Report on vaccination in the Province of Bengal - 1874-1889
Year: 1874
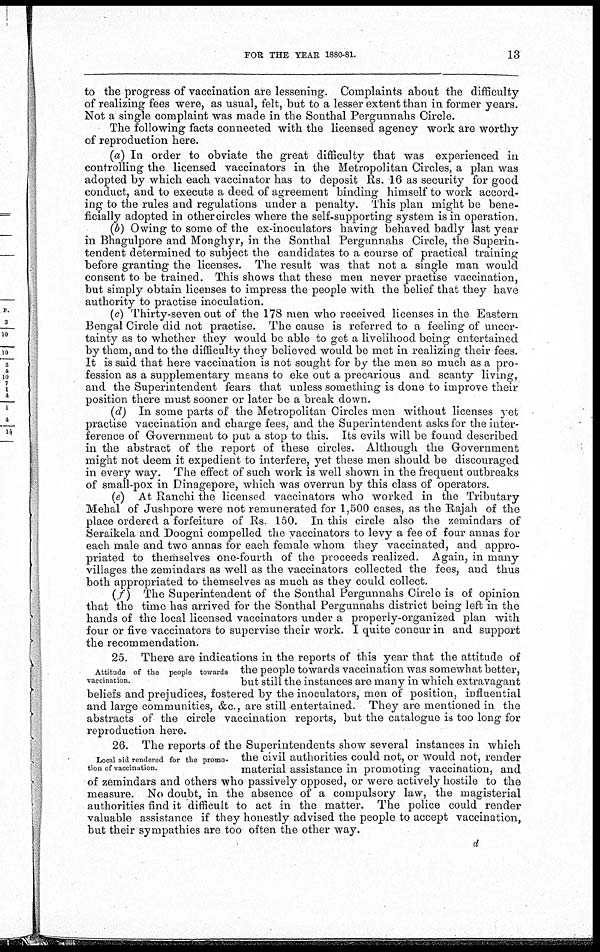
FOR THE YEAR 1880-81.
13
to the progress of vaccination are lessening. Complaints about the difficulty
of realizing fees were, as usual, felt, but to a lesser extent than in former years.
Not a single complaint was made in the Sonthal Pergunnahs Circle.
The following facts connected with the licensed agency work are worthy
of reproduction here.
(a) In order to obviate the great difficulty that was experienced in
controlling the licensed vaccinators in the Metropolitan Circles, a plan was
adopted by which each vaccinator has to deposit Rs. 16 as security for good
conduct, and to execute a deed of agreement binding himself to work accord-
ing to the rules and regulations under a penalty. This plan might be bene-
ficially adopted in other circles where the self-supporting system is in operation.
(b) Owing to some of the ex-inoculators having behaved badly last year
in Bhagulpore and Monghyr, in the Sonthal Pergunnahs Circle, the Superin-
tendent determined to subject the candidates to a course of practical training
before granting the licenses. The result was that not a single man would
consent to be trained. This shows that these men never practise vaccination,
but simply obtain licenses to impress the people with the belief that they have
authority to practise inoculation.
(c) Thirty-seven out of the 178 men who received licenses in the Eastern
Bengal Circle did not practise. The cause is referred to a feeling of uncer-
tainty as to whether they would be able to get a livelihood being entertained
by them, and to the difficulty they believed would be met in realizing their fees.
It is said that here vaccination is not sought for by the men so much as a pro-
fession as a supplementary means to eke out a precarious and scanty living,
and the Superintendent fears that unless something is done to improve their
position there must sooner or later be a break down.
(d) In some parts of the Metropolitan Circles men without licenses yet
practise vaccination and charge fees, and the Superintendent asks for the inter-
ference of Government to put a stop to this. Its evils will be found described
in the abstract of the report of these circles. Although the Government
might not deem it expedient to interfere, yet these men should be discouraged
in every way. The effect of such work is well shown, in the frequent outbreaks
of small-pox in Dinagepore, which was overrun by this class of operators.
(e) At Ranchi the licensed vaccinators who worked in the Tributary
Mehal of Jushpore were not remunerated for 1,500 cases, as the Rajah of the
place ordered a forfeiture of Rs. 150. In this circle also the zemindars of
Seraikela and Doogni compelled the vaccinators to levy a fee of four annas for
each male and two annas for each female whom they vaccinated, and appro-
priated to themselves one-fourth of the proceeds realized. Again, in many
villages the zemindars as well as the vaccinators collected the fees, and thus
both appropriated to themselves as much as they could collect.
(f)
The Superintendent of the Sonthal Pergunnahs Circle is of opinion
that the time has arrived for the Sonthal Pergunnahs district being left in the
hands of the local licensed vaccinators under a properly-organized plan with
four or five vaccinators to supervise their work. I quite concur in and support
the recommendation.
Attitude of the people towards
vaccination.
25. There are indications in the reports of this year that the attitude of
the people towards vaccination was somewhat better,
but still the instances are many in which extravagant
beliefs and prejudices, fostered by the inoculators, men of position, influential
and large communities, &c., are still entertained. They are mentioned in the
abstracts of the circle vaccination reports, but the catalogue is too long for
reproduction here.
Local aid rendered for the promo-
tion of vaccination.
26. The reports of the Superintendents show several instances in which
the civil authorities could not, or would not, render
material assistance in promoting vaccination, and
of zemindars and others who passively opposed, or were actively hostile to the
measure. No doubt, in the absence of a compulsory law, the magisterial
authorities find it difficult to act in the matter. The police could render
valuable assistance if they honestly advised the people to accept vaccination,
but their sympathies are too often the other way.
d